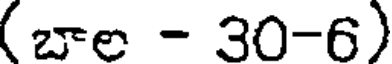
(బాల - 30-6)